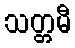
သတ္တမီ